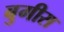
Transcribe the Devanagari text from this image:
बुगीस